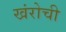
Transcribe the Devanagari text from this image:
खंरोची